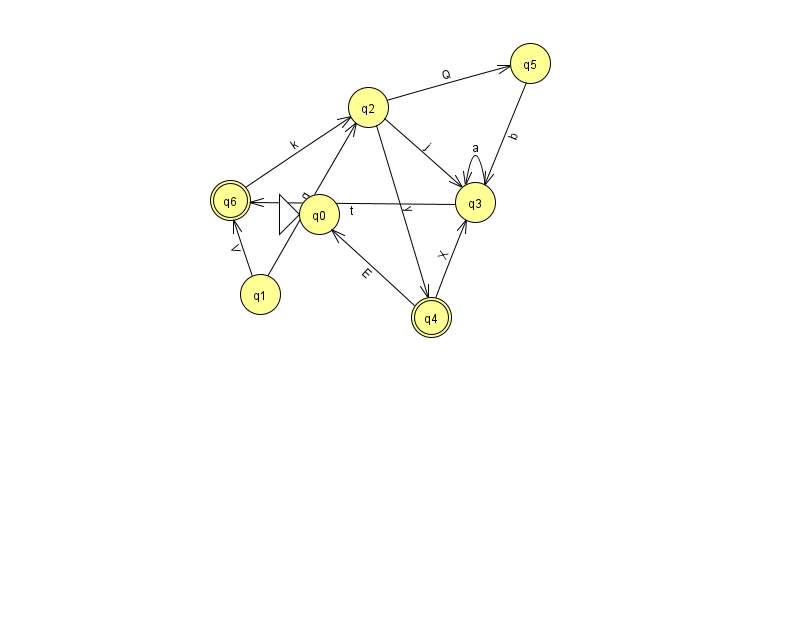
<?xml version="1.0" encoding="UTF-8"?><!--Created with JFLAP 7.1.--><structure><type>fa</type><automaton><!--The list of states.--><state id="0" name="q0"><x>319.0</x><y>201.0</y><initial/></state><state id="1" name="q1"><x>260.0</x><y>281.0</y></state><state id="2" name="q2"><x>368.0</x><y>94.0</y></state><state id="3" name="q3"><x>475.0</x><y>189.0</y></state><state id="4" name="q4"><x>431.0</x><y>304.0</y><final/></state><state id="5" name="q5"><x>530.0</x><y>50.0</y></state><state id="6" name="q6"><x>230.0</x><y>187.0</y><final/></state><!--The list of transitions.--><transition><from>3</from><to>3</to><read>a</read></transition><transition><from>5</from><to>3</to><read>b</read></transition><transition><from>6</from><to>2</to><read>k</read></transition><transition><from>1</from><to>6</to><read>V</read></transition><transition><from>2</from><to>5</to><read>Q</read></transition><transition><from>1</from><to>2</to><read>q</read></transition><transition><from>3</from><to>6</to><read>t</read></transition><transition><from>2</from><to>4</to><read>y</read></transition><transition><from>2</from><to>3</to><read>j</read></transition><transition><from>4</from><to>0</to><read>E</read></transition><transition><from>4</from><to>3</to><read>X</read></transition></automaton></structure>